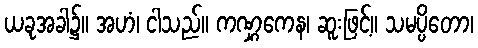
ယခုအခါ၌။ အဟံ၊ ငါသည်။ ကဏ္ဋကေန၊ ဆူးဖြင့်။ သမပ္ပိတော၊